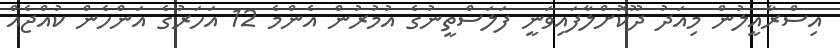
އިސްރާއީލުން މިއަދު ދޫކޮށްލާފައިވަނީ ފަލަސްތީނުގެ އުމުރުން އެންމެ 12 އަހަރުގެ އަންހެން ކުއްޖެއް